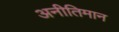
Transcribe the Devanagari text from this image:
अनीतिमान